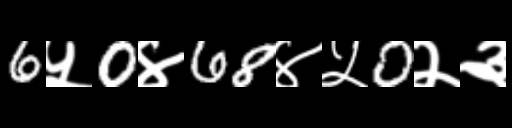
Text: 6५0४68४५0२३